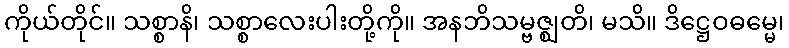
ကိုယ်တိုင်။ သစ္စာနိ၊ သစ္စာလေးပါးတို့ကို။ အနဘိသမ္ဗဇ္ဈတိ၊ မသိ။ ဒိဋ္ဌေဝဓမ္မေ၊